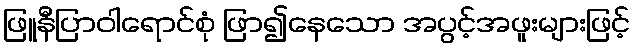
ဖြူနီပြာဝါရောင်စုံ ဖြာ၍နေသော အပွင့်အဖူးများဖြင့်